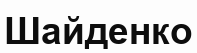
Шайденко